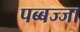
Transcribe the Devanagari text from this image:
पब्बज्जा